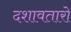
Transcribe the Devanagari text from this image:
दशावतारो